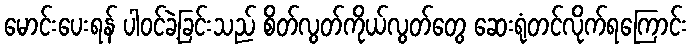
မောင်းပေးရန် ပါဝင်ခဲ့ခြင်းသည် စိတ်လွတ်ကိုယ်လွတ်တွေ ဆေးရုံတင်လိုက်ရကြောင်း